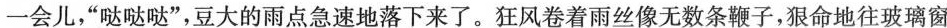
一会儿，”哒哒哒”，豆大的雨点急速地落下来了。狂风卷着雨丝像无数条鞭子，狠命地往玻璃窗